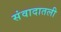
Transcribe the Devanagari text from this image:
संवादातली